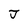
Character: J